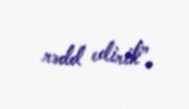
rədd edirik”.